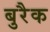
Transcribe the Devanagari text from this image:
बुरैक